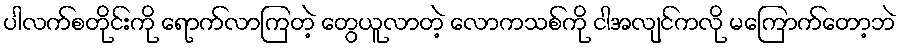
ပါလက်စတိုင်းကို ရောက်လာကြတဲ့ တွေယူလာတဲ့ လောကသစ်ကို ငါအလျင်ကလို မကြောက်တော့ဘဲ